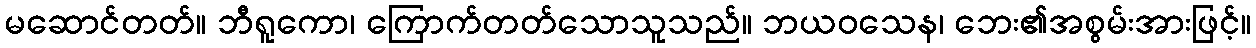
မဆောင်တတ်။ ဘီရူကော၊ ကြောက်တတ်သောသူသည်။ ဘယဝသေန၊ ဘေး၏အစွမ်းအားဖြင့်။